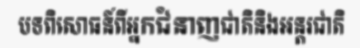
បទពិសោធន៍ពីអ្នកជំនាញជាតិនិងអន្តរជាតិ